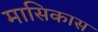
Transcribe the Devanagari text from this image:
मासिकास